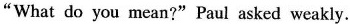
"What do you mean?"Paul asked weakly.